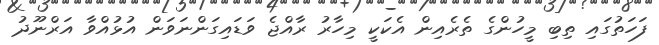
ފަހަތުގައި ތިބި މީހުންގެ ތެރެއިން އެކަކީ މިހާރު ރާއްޖެ ވަޑައިގަންނަވަން އުޅުއްވާ އަރްނޫދު